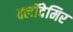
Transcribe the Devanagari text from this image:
क्लॉदेमिर